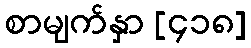
စာမျက်နှာ [၄၁၈]